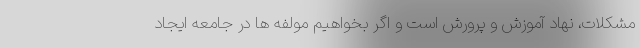
مشکلات، نهاد آموزش و پرورش است و اگر بخواهیم مولفه ها در جامعه ایجاد